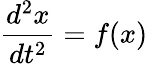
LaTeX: {\frac{d^{2}x}{dt^{2}}}=f(x)